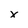
Character: x